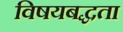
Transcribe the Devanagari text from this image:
विषयबद्धता